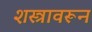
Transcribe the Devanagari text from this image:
शस्त्रावरून